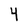
Character: 4